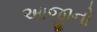
આજીનો